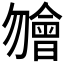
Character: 𣍐